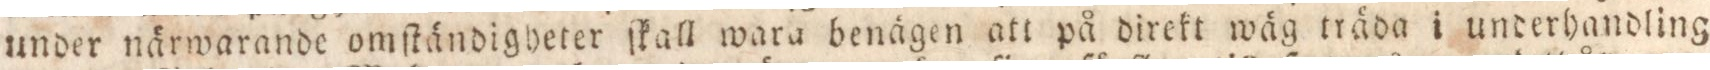
under närwarande omſtändigheter ſkall wara benägen att på direkt wäg träda i underhandling